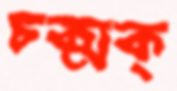
চক্‌মক্‌